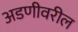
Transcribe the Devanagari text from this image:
अडणीवरील